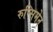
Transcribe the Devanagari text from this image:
रुन्सिमेन